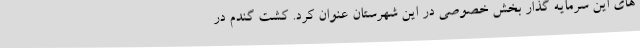
های این سرمایه گذار بخش خصوصی در این شهرستان عنوان کرد. کشت گندم در